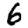
Digit: 6